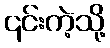
၎င်းကဲ့သို့